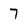
Character: 7